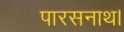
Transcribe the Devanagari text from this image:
पारसनाथ।